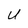
Character: U